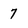
Character: 7